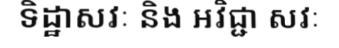
ទិដ្ឋាសវៈ និង អវិជ្ជា សវៈ